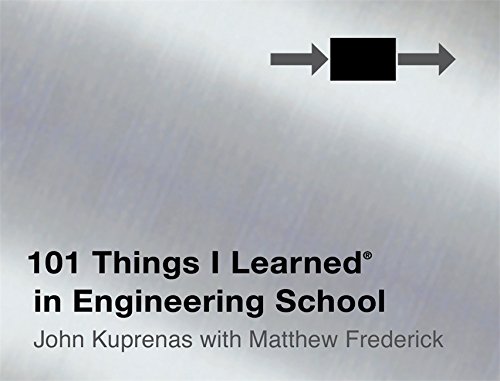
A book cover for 101 Things I Learned in Engineering School; John Kuprenas; Engineering & Transportation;